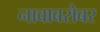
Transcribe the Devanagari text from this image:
नावाबरोबर